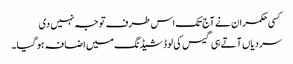
کسی حکمران نے آج تک اس طرف توجہ نہیں دی
سردیاں آتے ہی گیس کی لوڈشیڈنگ میں اضافہ ہو گیا۔